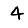
Digit: 4